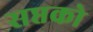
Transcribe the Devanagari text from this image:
सप्तको